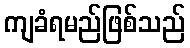
ကျခံရမည်ဖြစ်သည်